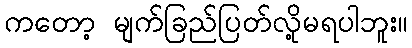
ကတော့ မျက်ခြည်ပြတ်လို့မရပါဘူး။